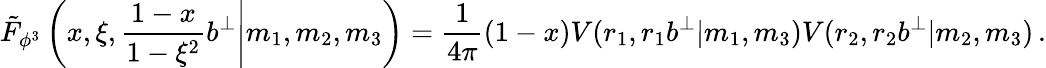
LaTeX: \tilde{F}_{\phi^{3}}\left(\left.x,\xi,\frac{1-x}{1-\xi^{2}}b^{\perp}\right|m_{1},m_{2},m_{3}\right)=\frac{1}{4\pi}(1-x)V(r_{1},r_{1}b^{\perp}|m_{1},m_{3})V(r_{2},r_{2}b^{\perp}|m_{2},m_{3})\, .